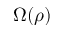
\Omega ( \rho )